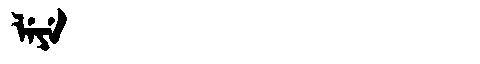
Manchu: ᠯᡝᠶᡝ
Romanization: LEYE